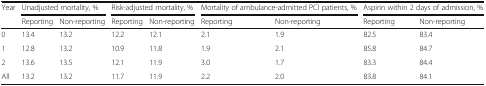
| <ROWSPAN=2> Year | <COLSPAN=2> Unadjusted mortality, % | <COLSPAN=2> Risk-adjusted mortality, % | <COLSPAN=2> Mortality of ambulance-admitted PCI patients, % | <COLSPAN=2> Aspirin within 2 days of admission, % |
 | Reporting | Non-reporting | Reporting | Non-reporting | Reporting | Non-reporting | Reporting | Non-reporting |
 | --- | --- | --- | --- | --- | --- | --- | --- | --- |
 | 0 | 13.4 | 13.2 | 12.2 | 12.1 | 2.1 | 1.9 | 82.5 | 83.4 |
 | 1 | 12.8 | 13.2 | 10.9 | 11.8 | 1.9 | 2.1 | 85.8 | 84.7 |
 | 2 | 13.6 | 13.5 | 12.1 | 11.9 | 3.0 | 1.7 | 83.3 | 84.4 |
 | All | 13.2 | 13.2 | 11.7 | 11.9 | 2.2 | 2.0 | 83.8 | 84.1 |